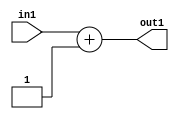
`timescale 1ps / 1ps
/*****************************************************************************
    Verilog RTL Description
    
    
    Created by: Stratus DpOpt 2019.1.01 
*******************************************************************************/

module st_feature_addr_gen_Add2i1u8_4_4 (
	in1,
	out1
	); /* architecture "behavioural" */ 
input [7:0] in1;
output [8:0] out1;
wire [8:0] asc001;

assign asc001 = 
	+(in1)
	+(9'B000000001);

assign out1 = asc001;
endmodule

/* CADENCE  ubDyQg4= : u9/ySgnWtBlWxVPRXgAZ4Og= ** DO NOT EDIT THIS LINE ******/